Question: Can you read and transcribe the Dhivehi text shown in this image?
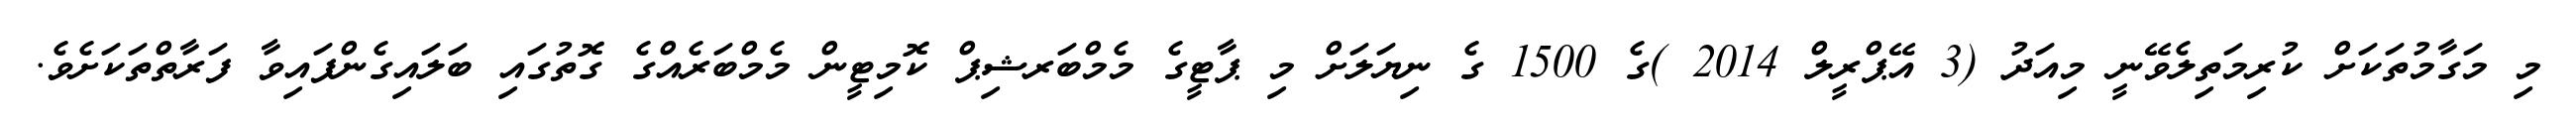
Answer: މި މަގާމުތަކަށް ކުރިމަތިލެވޭނީ މިއަދު (3 އޭޕްރީލް 2014 )ގެ 1500 ގެ ނިޔަލަށް މި ޕާޓީގެ މެމްބަރޝިޕް ކޮމިޓީން މެމްބަރެއްގެ ގޮތުގައި ބަލައިގެންފައިވާ ފަރާތްތަކަށެވެ.